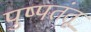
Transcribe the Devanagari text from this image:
पुष्पतंतू